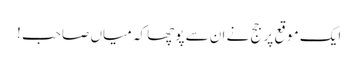
ایک موقع پر جج نے ان سے پوچھا کہ میاں صاحب !